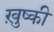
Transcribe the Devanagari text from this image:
ख़ुष्की